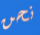
نحن